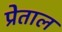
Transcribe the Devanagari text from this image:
प्रेताल